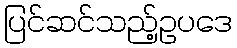
ပြင်ဆင်သည့်ဥပဒေ